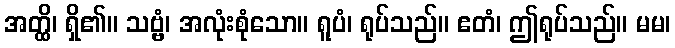
အတ္ထိ၊ ရှိ၏။ သဗ္ဗံ၊ အလုံးစုံသော။ ရူပံ၊ ရုပ်သည်။ ဧတံ၊ ဤရုပ်သည်။ မမ၊